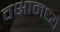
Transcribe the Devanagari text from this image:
वक्षामध्ये